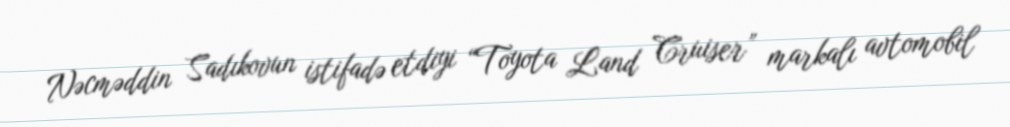
Nəcməddin Sadıkovun istifadə etdiyi “Toyota Land Cruiser” markalı avtomobil